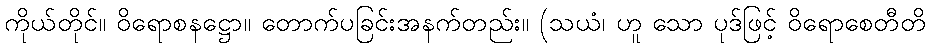
ကိုယ်တိုင်။ ဝိရောစနဋ္ဌော။ တောက်ပခြင်းအနက်တည်း။ (သယံ၊ ဟူ သော ပုဒ်ဖြင့် ဝိရောစေတီတိ